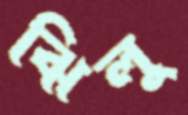
ঝিলু